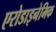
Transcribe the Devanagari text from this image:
एरोडाइनेमिक